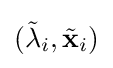
({\tilde {\lambda }}_{i},{\tilde {\mathbf {x} }}_{i})